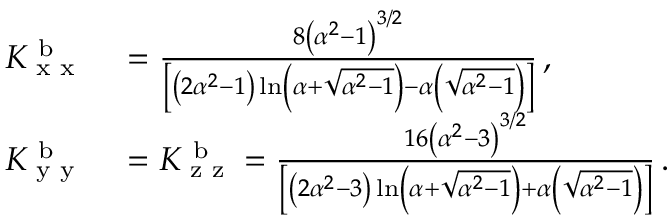
\begin{array} { r l } { K _ { \textup { x x } } ^ { \textup { b } } } & { { } = \frac { 8 \left( \alpha ^ { 2 } - 1 \right) ^ { 3 / 2 } } { \left[ \left( 2 \alpha ^ { 2 } - 1 \right) \ln \left( \alpha + \sqrt { \alpha ^ { 2 } - 1 } \right) - \alpha \left( \sqrt { \alpha ^ { 2 } - 1 } \right) \right] } \, , } \\ { K _ { \textup { y y } } ^ { \textup { b } } } & { { } = K _ { \textup { z z } } ^ { \textup { b } } = \frac { 1 6 \left( \alpha ^ { 2 } - 3 \right) ^ { 3 / 2 } } { \left[ \left( 2 \alpha ^ { 2 } - 3 \right) \ln \left( \alpha + \sqrt { \alpha ^ { 2 } - 1 } \right) + \alpha \left( \sqrt { \alpha ^ { 2 } - 1 } \right) \right] } \, . } \end{array}